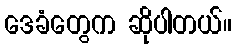
ဒေခံတွေက ဆိုပါတယ်။